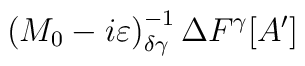
\left( M_{0}-i\varepsilon \right) ^{-1}_{\delta \gamma }\Delta F^{\gamma }[A']